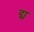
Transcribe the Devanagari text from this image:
द्म